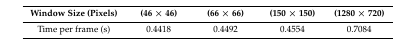
<table><thead><tr><td><b>Window Size (Pixels)</b></td><td><b>(46 × 46)</b></td><td><b>(66 × 66)</b></td><td><b>(150 × 150)</b></td><td><b>(1280 × 720)</b></td></tr></thead><tbody><tr><td>Time per frame (s)</td><td>0.4418</td><td>0.4492</td><td>0.4554</td><td>0.7084</td></tr></tbody></table>